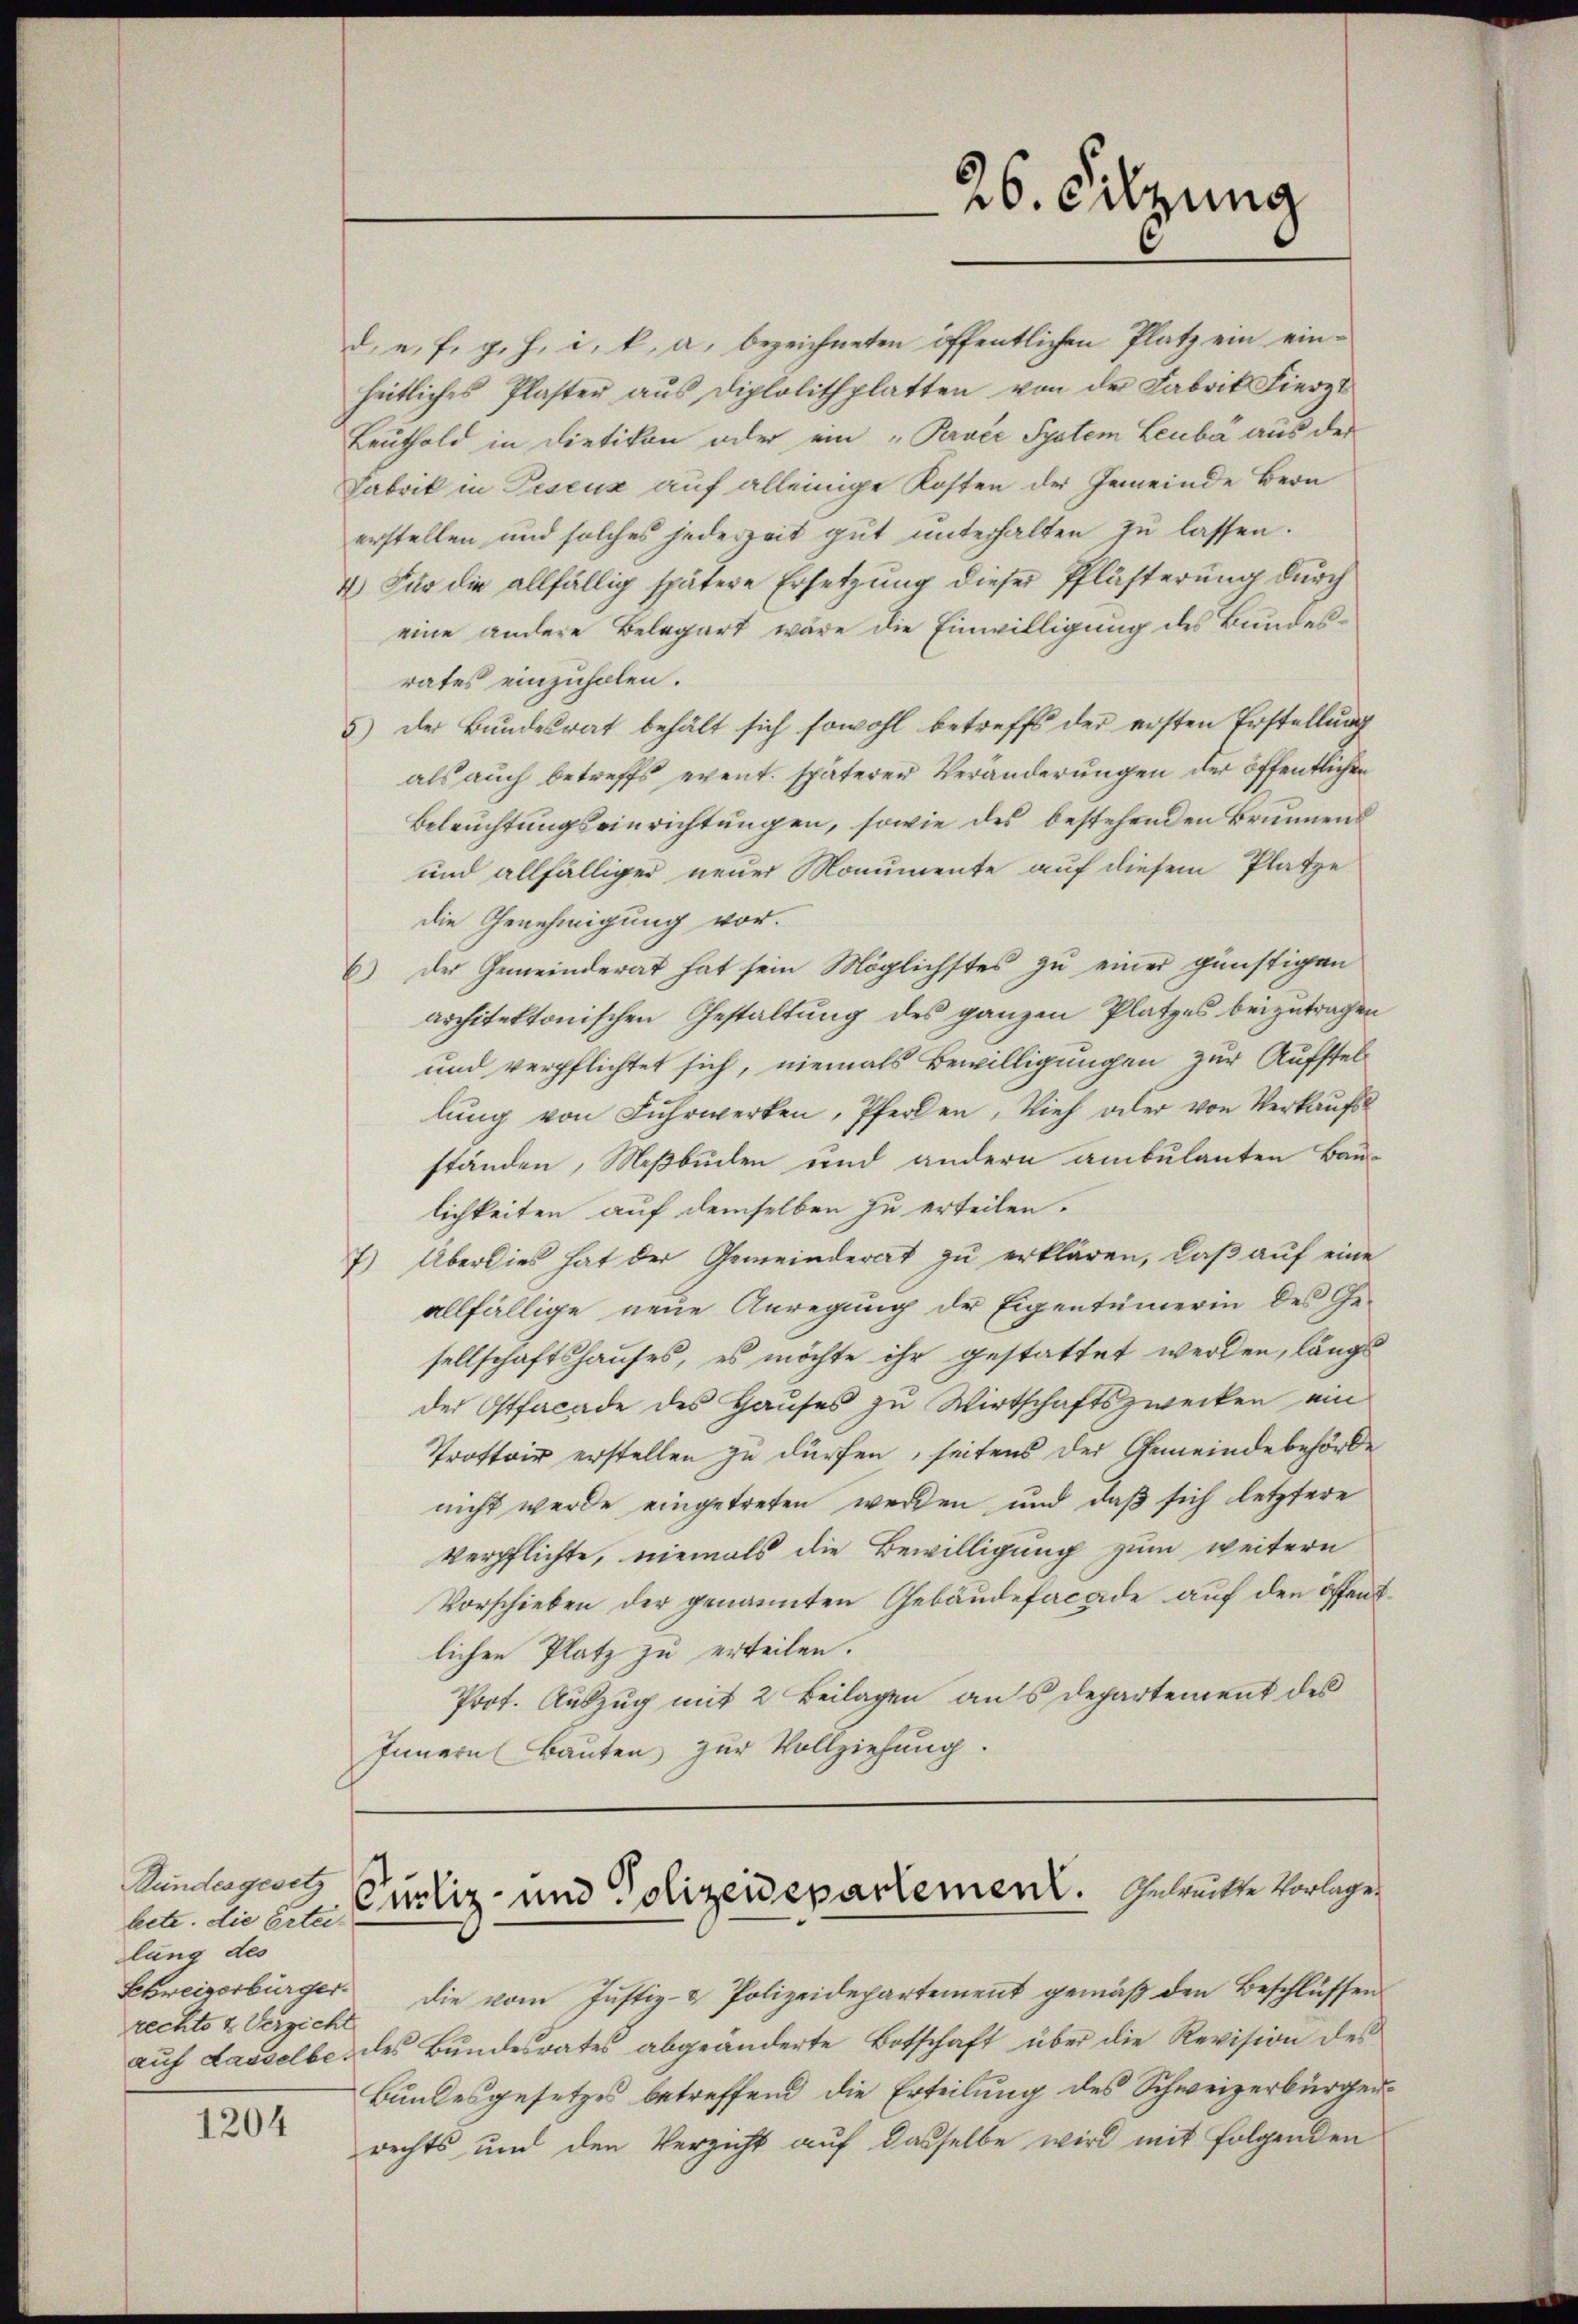
Bundesgesetz
lbetr. die Erteilung des
Schweizerbürger.
rechts 2 Verzicht

1204

f

Custiz- und Polizeidepartement. Gebrückte Vorlagen

26. Sitzung

d. u. f. g. h. i. k. a. bezeichneten öffentlichen Platz ein einheitliches Plaster aŭs Diplolithplatten von der Fabrik Fierzu
Leuthold in Dietikon oder ein „Parvée System Leubá aus der
Fabrik in Descenz auf alleinige Kosten der Gemeinde Bern
erstellen und solches jederzeit gut unterhalten zu lassen.
4.) Für die allfällig spätere Ersetzung dieser Pflichterung durch
eine andere Belegart wäre die Einwilligung des Bundesrates einzuholen.
5) der Bundesrat behält sich sowohl betreff der ersten Erstellung
als auch betreffs event. späterer Veränderungen der öffentlichen
Beleuchtungseinrichtungen, sowie des bestehenden Brunnen
und allfälliger neuer Monumente auf diesem Platze
die Genehmigung vor.
6) der Gemeinderat hat sein Möglichstes zu einer günstigen
architektonischen Gestaltung des ganzen Platzes beizutragen
und verpflichtet sich, niemals Bewilligungen zur Aufstellung von Fuhrwerken, Pferden, Vieh oder von Verkaufsständen, Meßbuchen und andern ambulanten Bau-
lichkeiten auf demselben zu erteilen.
7) Überlies hat der Gemeinderat zu erklären, daß auf eine
allfällige neue Anregung der Eigentümerin des Gesellschaftshauses, es möchte ihr gestattet werden, längs
der Ostfacade des Hauses zu Wirtschaftszwecken ein
Trottoir erstellen zu dürfen, seitens der Gemeindebehörde
nicht werde eingetreten werden und daß sich letztere
Verpflichte, niemals die Bewilligung zum weitern
Vorschieben der genannten Gebäudefacade auf den öffendlichen Platz zu erteilen.
Prot. Auszug mit 2 Beilagen aus Departement des
Innern Bauten zur Vollziehung.

die vom Justiz- & Polizeidepartement gemäß den Beschlüssen
auf Lasselbe des Bundesrates abgeänderte Botschaft über die Revision des
Bundesgesetzes betreffend die Erteilung des Schweizerbürgerrechts und den Verzicht auf dasselbe wird mit Folgenden